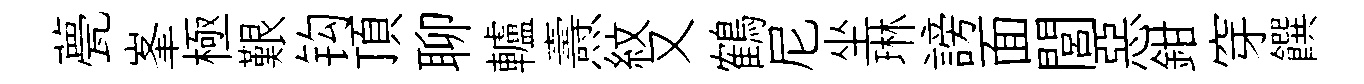
甍峯極艱钩頂聊轤燾紋又鶴尼坐琳謗面閭惡鉗穿饌